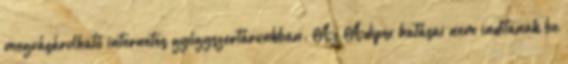
megvásárolható internetes gyógyszertárunkban. Az Adipex hatásai nem indítanak be